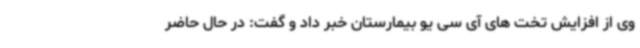
وی از افزایش تخت های آی سی یو بیمارستان خبر داد و گفت: در حال حاضر